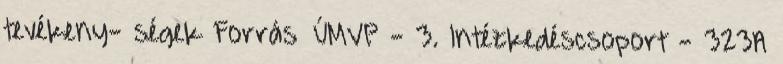
tevékeny- ségek Forrás ▪ÚMVP - 3. Intézkedéscsoport - 323A